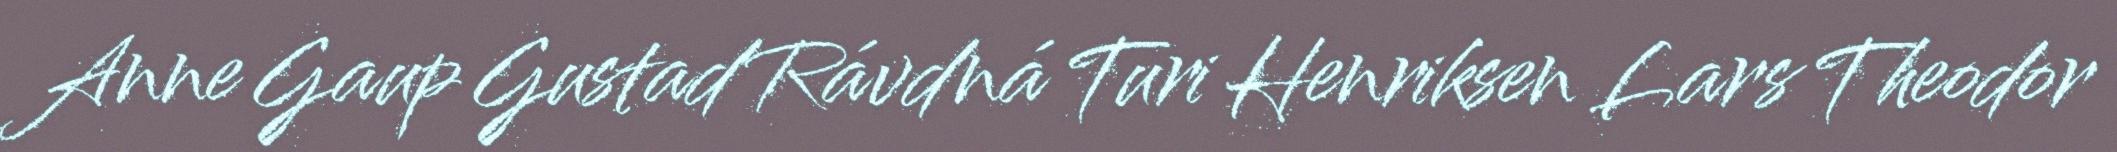
Anne Gaup Gustad Rávdná Turi Henriksen Lars Theodor